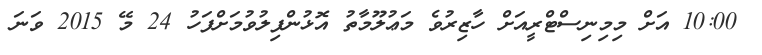
10:00 އަށް މިމިނިސްޓްރީއަށް ހާޒިރުވެ މަޢުލޫމާތު އޮޅުންފިލުވުމަށްފަހު 24 މޭ 2015 ވަނަ